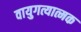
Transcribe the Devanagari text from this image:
वायुगत्यात्मक